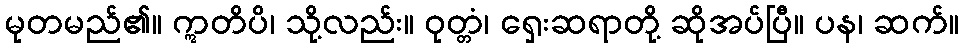
မုတမည်၏။ ဣတိပိ၊ သို့လည်း။ ဝုတ္တံ၊ ရှေးဆရာတို့ ဆိုအပ်ပြီ။ ပန၊ ဆက်။